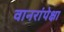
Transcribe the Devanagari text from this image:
वानरांपेक्षा